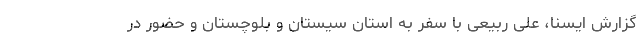
گزارش ایسنا، علی ربیعی با سفر به استان سیستان و بلوچستان و حضور در